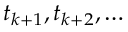
t _ { k + 1 } , t _ { k + 2 } , \ldots